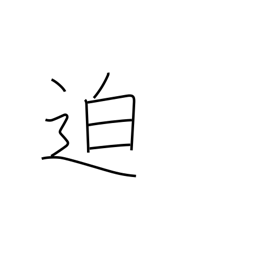
Meaning: imminent